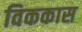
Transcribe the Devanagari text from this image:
विककास